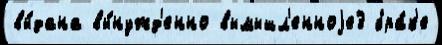
вы́дана вы́нужд'енно вымышл'енноjе3 бра́к'е